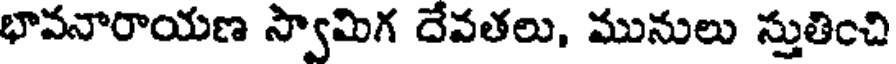
భావనారాయణ స్వామిగ దేవతలు, మునులు స్తుతించి